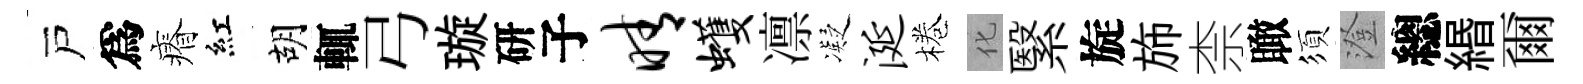
戸爲瘠紅胡輒弓璇研子晴蠖凛凝涎棬化繄旋斾柰瞰須澄總緡爾